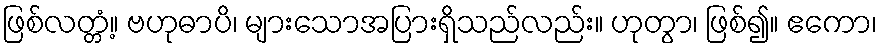
ဖြစ်လတ္တံ့။ ဗဟုဓာပိ၊ များသောအပြားရှိသည်လည်း။ ဟုတွာ၊ ဖြစ်၍။ ဧကော၊